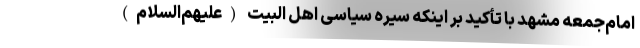
امام‌جمعه مشهد با تأکید بر اینکه سیره سیاسی اهل ‌البیت (علیهم‌السلام)